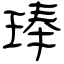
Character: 琫